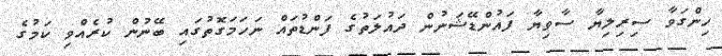
ހިންގަވާ ސިރިލިޔާ ސާވިޔާ ފައުންޑޭޝަނުން ދައުލަތުގެ ފަންޑުތައް ނަހަމަގޮތުގައި ބޭނުން ކުރެއްވި ކަމުގެ